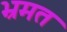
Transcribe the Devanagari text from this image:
भ्रमत